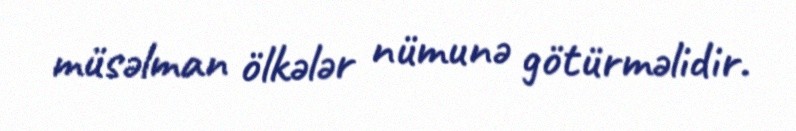
müsəlman ölkələr nümunə götürməlidir.